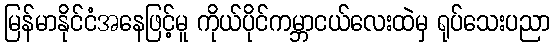
မြန်မာနိုင်ငံအနေဖြင့်မူ ကိုယ်ပိုင်ကမ္ဘာငယ်လေးထဲမှ ရုပ်သေးပညာ